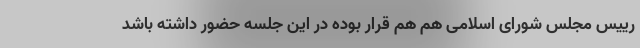
رییس مجلس شورای اسلامی هم هم قرار بوده در این جلسه حضور داشته باشد